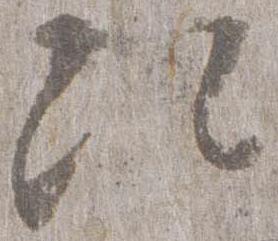
次